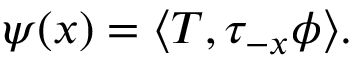
\psi ( x ) = \langle T , \tau _ { - x } \phi \rangle .